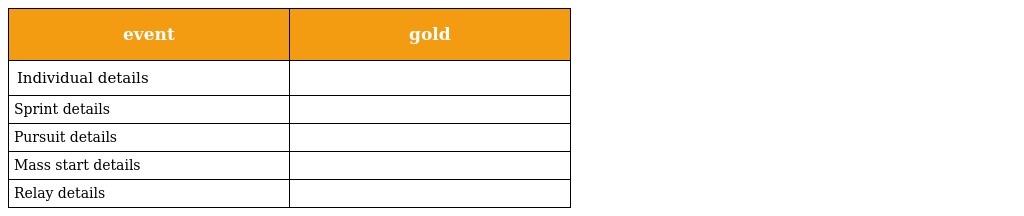
| event | gold |
 | --- | --- |
 | Individual details |  |
 | Sprint details |  |
 | Pursuit details |  |
 | Mass start details |  |
 | Relay details |  |